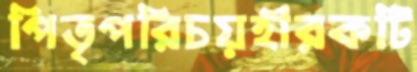
পিতৃপরিচয়হীরকটি